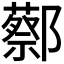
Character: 𬪝